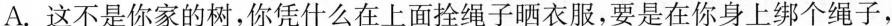
A.这不是你家的树，你凭什么在上面拴绳子晒衣服，要是在你身上绑个绳子，